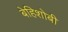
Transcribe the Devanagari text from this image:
बेहिशोबी